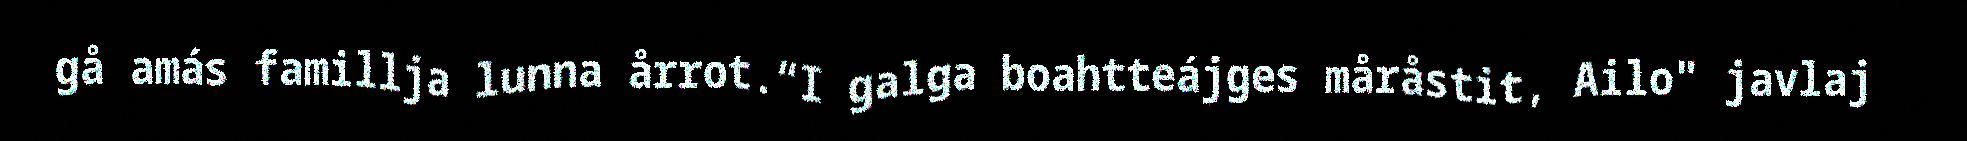
gå amás famillja lunna årrot.“I galga boahtteájges måråstit, Ailo" javlaj